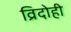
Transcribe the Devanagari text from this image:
व्रिदोही